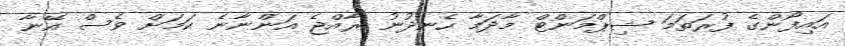
އައިފޯންގެ ފުރަތަމަ ޝިޕްމަންޓް މާދަމާ ހެނދުނު ރާއްޖެ އަންނާނެ ކަމަށް ވެސް އޭނާ